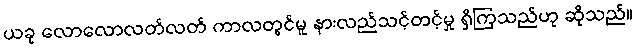
ယခု လောလောလတ်လတ် ကာလတွင်မူ နားလည်သင့်တင့်မှု ရှိကြသည်ဟု ဆိုသည်။